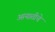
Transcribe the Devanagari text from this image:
आयातीचे